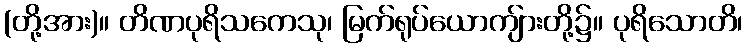
(တို့အား)။ တိဏပုရိသကေသု၊ မြက်ရုပ်ယောကျ်ားတို့၌။ ပုရိသောတိ၊